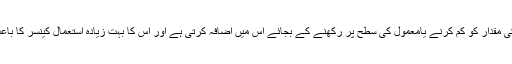
یہ جسم میں شوگر کی مقدار کو کم کرنے یامعمول کی سطح پر رکھنے کے بجائے اس میں اضافہ کرتی ہے اور اس کا بہت زیادہ استعمال کینسر کا باعث بھی بن سکتا ہے۔